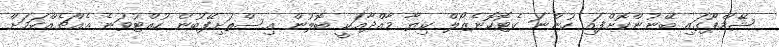
ޝޭމްޕޫގައި ބޭނުންކޮށްފައި ހުންނަ ކެޓޮކޮނެޒޯލް ކިޔާ މާއްދާއަކީ ބޮލުން އިސްތަށިފޭބުން ހުއްޓުވަނެ އެއްޗެއްކަމަށް